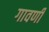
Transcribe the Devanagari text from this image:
गावणी